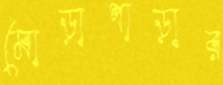
মোড়াপাড়ার